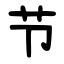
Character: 节